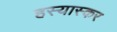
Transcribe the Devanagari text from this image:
हस्यास्कर